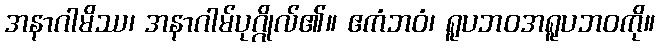
အနာဂါမိဿ၊ အနာဂါမ်ပုဂ္ဂိုလ်၏။ ဧကံဘဝံ၊ ရူပဘဝအရူပဘဝကို။